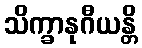
သိက္ခာနုဂီယန္တိ